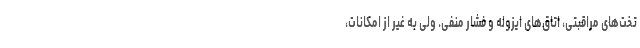
تخت‌های مراقبتی، اتاق‌های ایزوله و فشار منفی. ولی به ‌غیر از امکانات،